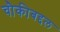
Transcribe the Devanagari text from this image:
चौकीबद्दल